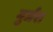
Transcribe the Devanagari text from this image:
गुर्जर।